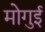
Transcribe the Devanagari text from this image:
मोगुई